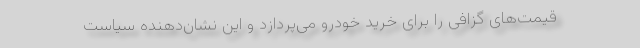
قیمت‌های گزافی را برای خرید خودرو می‌پردازد و این نشان‌دهنده سیاست